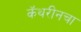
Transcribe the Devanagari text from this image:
कॅथरीनचा